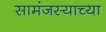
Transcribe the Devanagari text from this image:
सामंजस्याच्या